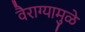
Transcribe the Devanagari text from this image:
वैराग्यामुळे